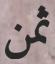
ثمن